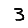
Digit: 3